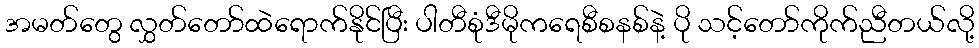
အမတ်တွေ လွှတ်တော်ထဲရောက်နိုင်ပြီး ပါတီစုံဒီမိုကရေစီစနစ်နဲ့ ပို သင့်တော်ကိုက်ညီတယ်လို့